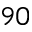
9 0